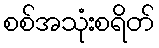
စစ်အသုံးစရိတ်